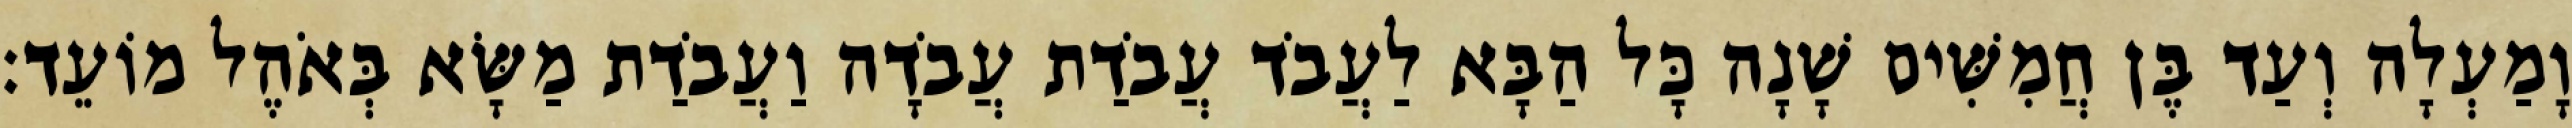
וָמַעְלָה וְעַד בֶּן חֲמִשִּׁים שָׁנָה כָּל הַבָּא לַעֲבֹד עֲבֹדַת עֲבֹדָה וַעֲבֹדַת מַשָּׂא בְּאֹהֶל מוֹעֵד׃